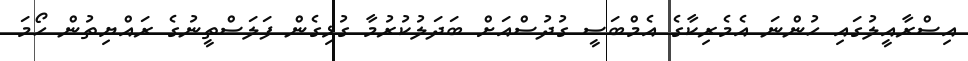
އިސްރާއީލުގައި ހުންނަ އެމެރިކާގެ އެމްބަސީ ގުދުސްއަށް ބަދަލުކުރުމާ ގުޅިގެން ފަލަސްތީނުގެ ރައްޔިތުން ހޯމަ